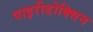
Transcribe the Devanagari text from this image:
पाइरीडोक्सिन